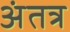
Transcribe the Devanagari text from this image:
अंतत्र